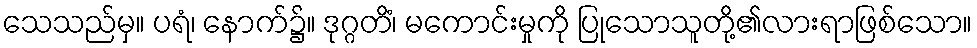
သေသည်မှ။ ပရံ၊ နောက်၌။ ဒုဂ္ဂတိံ၊ မကောင်းမှုကို ပြုသောသူတို့၏လားရာဖြစ်သော။